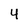
Character: 4